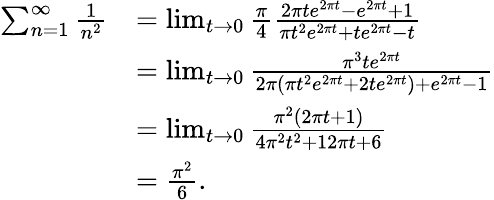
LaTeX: {\begin{array}{rl}{\sum_{n=1}^{\infty}{\frac{1}{n^{2}}}}&{=\operatorname*{lim}_{t\to 0}{\frac{\pi}{4}}{\frac{2\pi te^{2\pi t}-e^{2\pi t}+1}{\pi t^{2}e^{2\pi t}+te^{2\pi t}-t}}}\\ &{=\operatorname*{lim}_{t\to 0}{\frac{\pi^{3}te^{2\pi t}}{2\pi\left(\pi t^{2}e^{2\pi t}+2te^{2\pi t}\right)+e^{2\pi t}-1}}}\\ &{=\operatorname*{lim}_{t\to 0}{\frac{\pi^{2}(2\pi t+1)}{4\pi^{2}t^{2}+12\pi t+6}}}\\ &{={\frac{\pi^{2}}{6}}.}\end{array}}